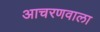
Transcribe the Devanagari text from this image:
आचरणवाला